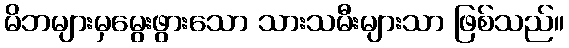
မိဘများမှမွေးဖွားသော သားသမီးများသာ ဖြစ်သည်။